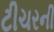
ટીચરની